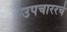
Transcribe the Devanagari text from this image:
उपचाररचे